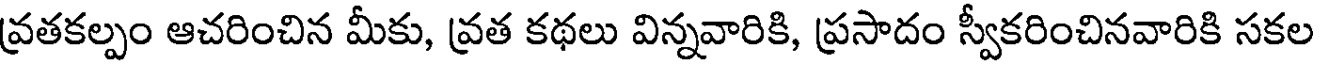
వ్రతకల్పం ఆచరించిన మీకు, వ్రత కథలు విన్నవారికి, ప్రసాదం స్వీకరించినవారికి సకల